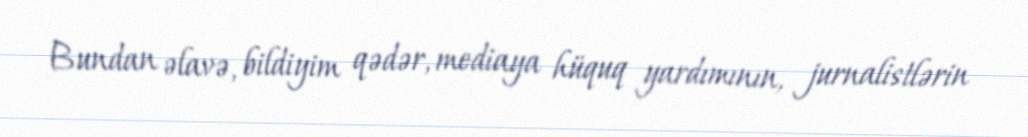
Bundan əlavə, bildiyim qədər, mediaya hüquq yardımının, jurnalistlərin